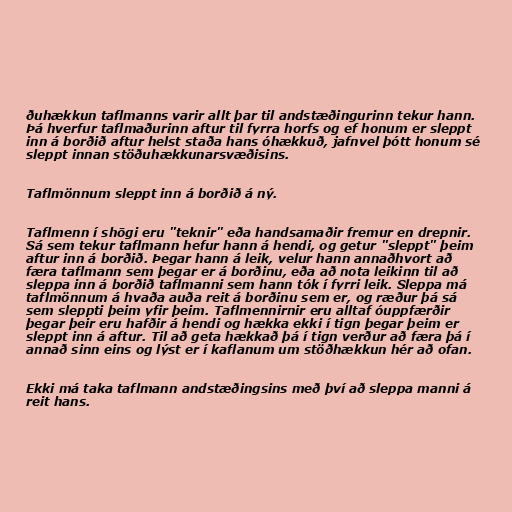
ðuhækkun taflmanns varir allt þar til andstæðingurinn tekur hann.
Þá hverfur taflmaðurinn aftur til fyrra horfs og ef honum er sleppt
inn á borðið aftur helst staða hans óhækkuð, jafnvel þótt honum sé
sleppt innan stöðuhækkunarsvæðisins.

Taflmönnum sleppt inn á borðið á ný.

Taflmenn í shōgi eru "teknir" eða handsamaðir fremur en drepnir.
Sá sem tekur taflmann hefur hann á hendi, og getur "sleppt" þeim
aftur inn á borðið. Þegar hann á leik, velur hann annaðhvort að
færa taflmann sem þegar er á borðinu, eða að nota leikinn til að
sleppa inn á borðið taflmanni sem hann tók í fyrri leik. Sleppa má
taflmönnum á hvaða auða reit á borðinu sem er, og ræður þá sá
sem sleppti þeim yfir þeim. Taflmennirnir eru alltaf óuppfærðir
þegar þeir eru hafðir á hendi og hækka ekki í tign þegar þeim er
sleppt inn á aftur. Til að geta hækkað þá í tign verður að færa þá í
annað sinn eins og lýst er í kaflanum um stöðhækkun hér að ofan.

Ekki má taka taflmann andstæðingsins með því að sleppa manni á
reit hans.